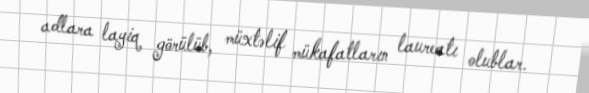
adlara layiq görülüb, müxtəlif mükafatların laureatı olublar.